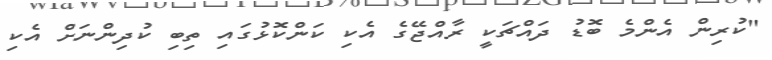
"ކުރިން އެންމެ ބޮޑު ދައްޗަކީ ރާއްޖޭގެ އެކި ކަންކޮޅުގައި ތިބި ކުދިންނަށް އެކި